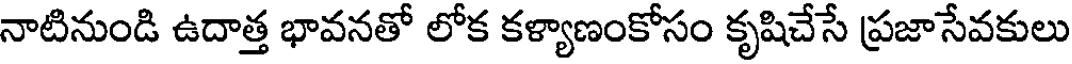
నాటినుండి ఉదాత్త భావనతో లోక కళ్యాణంకోసం కృషిచేసే ప్రజాసేవకులు